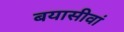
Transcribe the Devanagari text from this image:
बयासीवां